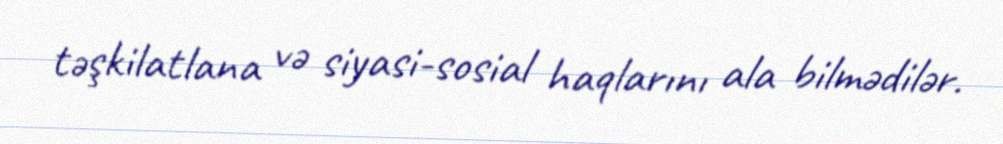
təşkilatlana və siyasi-sosial haqlarını ala bilmədilər.